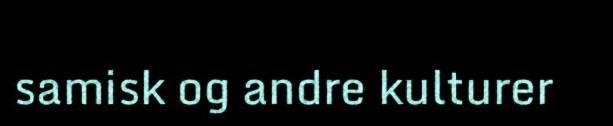
samisk og andre kulturer